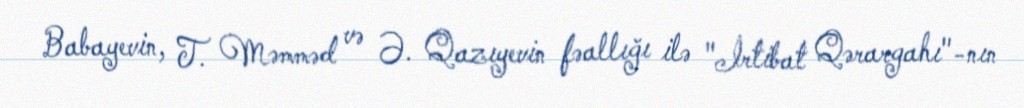
Babayevin, T. Məmməd və Ə. Qazıyevin fəallığı ilə "İrtibat Qərargahı"-nın